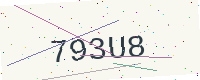
Text: 793U8